Report on vaccination in the Province of Bengal - 1874-1889
Year: 1874
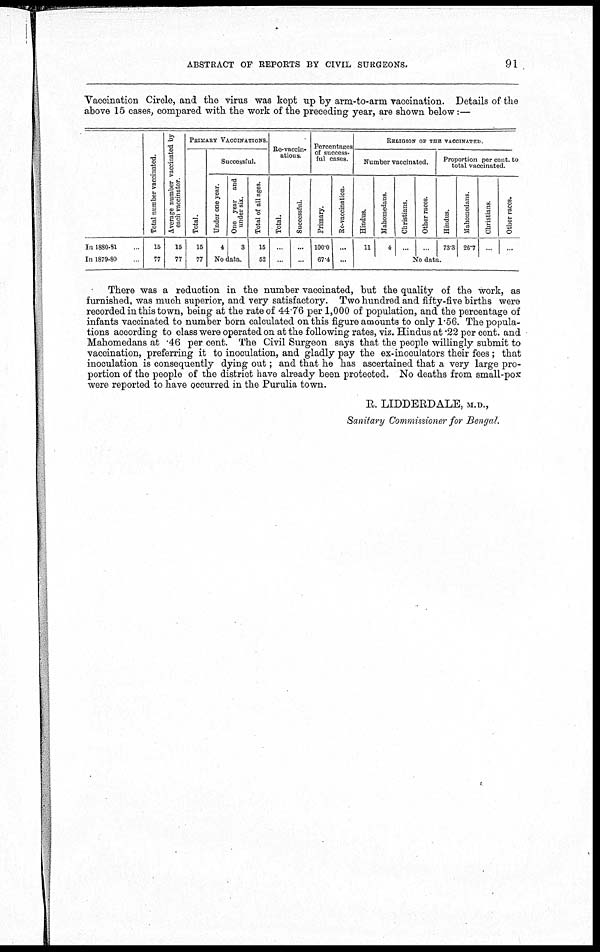
ABSTRACT OF REPORTS BY CIVIL SURGEONS.
91
Vaccination Circle, and the virus was kept up by arm-to-arm vaccination. Details of the
above 15 cases, compared with the work of the preceding year, are shown below:—
In 1880-81 ...
In 1879-80 ...
Total number vaccinated.
15
77
Average number vaccinated by
each vaccinator.
15
77
PRIMARY VACCINATIONS.
Total.
15
77
Successful.
Under one year.
4
One year and
under six.
3
No data.
Total of all ages.
15
52
Re-vaccin-
ations.
Total.
...
...
Successful.
...
...
Percentages
of success-
ful cases.
Primary.
100.0
67.4
Re-vaccination.
...
...
RELIGION OF THE VACCINATED.
Number vaccinated.
Hindus.
11
Mahomedans.
4
Christians.
...
Other races.
...
Proportion per cent. to
total vaccinated.
Hindus.
73.3
Mahomedans.
26.7
Christians.
...
Other races.
...
No data.
There was a reduction in the number vaccinated, but the quality of the work, as
furnished, was much superior, and very satisfactory. Two hundred and fifty-five births were
recorded in this town, being at the rate of 44.76 per 1,000 of population, and the percentage of
infants vaccinated to number born calculated on this figure amounts to only 1.56. The popula-
tions according to class were operated on at the following rates, viz. Hindus at .22 per cent. and
Mahomedans at .46 per cent. The Civil Surgeon says that the people willingly submit to
vaccination, preferring it to inoculation, and gladly pay the ex-inoculators their fees ; that
inoculation is consequently dying out; and that he has ascertained that a very large pro-
portion of the people of the district have already been protected. No deaths from small-pox
were reported to have occurred in the Purulia town.
R. LIDDERDALE, M.D.,
Sanitary Commissioner for Bengal.